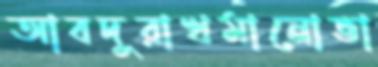
আবদুরাখমানোভা